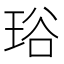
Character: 𤥫